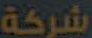
شركة